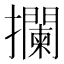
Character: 攔